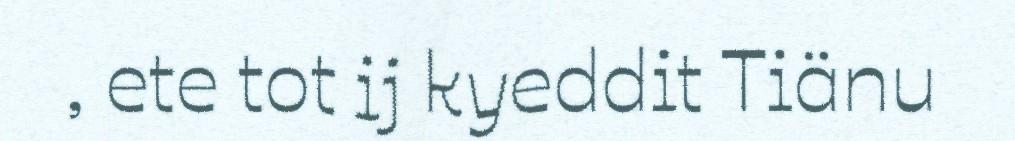
, ete tot ij kyeddit Tiänu